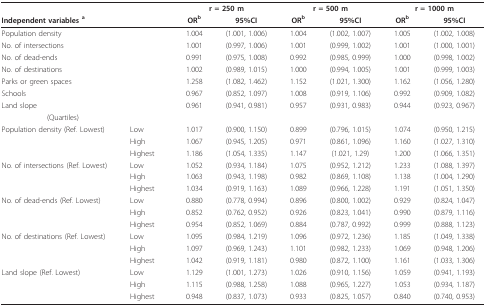
<table><thead><tr><td></td><td></td><td colspan="2"><b>r = 250 m</b></td><td colspan="2"><b>r = 500 m</b></td><td colspan="2"><b>r = 1000 m</b></td></tr><tr><td><b>Independent variables <sup>a</sup></b></td><td></td><td><b>OR<sup>b</sup></b></td><td><b>95%CI</b></td><td><b>OR<sup>b</sup></b></td><td><b>95%CI</b></td><td><b>OR<sup>b</sup></b></td><td><b>95%CI</b></td></tr></thead><tbody><tr><td>Population density</td><td></td><td>1.004</td><td>(1.001, 1.006)</td><td>1.004</td><td>(1.002, 1.007)</td><td>1.005</td><td>(1.002, 1.008)</td></tr><tr><td>No. of intersections</td><td></td><td>1.001</td><td>(0.997, 1.006)</td><td>1.001</td><td>(0.999, 1.002)</td><td>1.001</td><td>(1.000, 1.001)</td></tr><tr><td>No. of dead-ends</td><td></td><td>0.991</td><td>(0.975, 1.008)</td><td>0.992</td><td>(0.985, 0.999)</td><td>1.000</td><td>(0.998, 1.002)</td></tr><tr><td>No. of destinations</td><td></td><td>1.002</td><td>(0.989, 1.015)</td><td>1.000</td><td>(0.994, 1.005)</td><td>1.001</td><td>(0.999, 1.003)</td></tr><tr><td>Parks or green spaces</td><td></td><td>1.258</td><td>(1.082, 1.462)</td><td>1.152</td><td>(1.021, 1.300)</td><td>1.162</td><td>(1.056, 1.280)</td></tr><tr><td>Schools</td><td></td><td>0.967</td><td>(0.852, 1.097)</td><td>1.008</td><td>(0.919, 1.106)</td><td>0.992</td><td>(0.909, 1.082)</td></tr><tr><td>Land slope</td><td></td><td>0.961</td><td>(0.941, 0.981)</td><td>0.957</td><td>(0.931, 0.983)</td><td>0.944</td><td>(0.923, 0.967)</td></tr><tr><td>(Quartiles)</td><td></td><td></td><td></td><td></td><td></td><td></td><td></td></tr><tr><td>Population density (Ref. Lowest)</td><td>Low</td><td>1.017</td><td>(0.900, 1.150)</td><td>0.899</td><td>(0.796, 1.015)</td><td>1.074</td><td>(0.950, 1.215)</td></tr><tr><td></td><td>High</td><td>1.067</td><td>(0.945, 1.205)</td><td>0.971</td><td>(0.861, 1.096)</td><td>1.160</td><td>(1.027, 1.310)</td></tr><tr><td></td><td>Highest</td><td>1.186</td><td>(1.054, 1.335)</td><td>1.147</td><td>(1.021, 1.29)</td><td>1.200</td><td>(1.066, 1.351)</td></tr><tr><td>No. of intersections (Ref. Lowest)</td><td>Low</td><td>1.052</td><td>(0.934, 1.184)</td><td>1.075</td><td>(0.952, 1.212)</td><td>1.233</td><td>(1.088, 1.397)</td></tr><tr><td></td><td>High</td><td>1.063</td><td>(0.943, 1.198)</td><td>0.982</td><td>(0.869, 1.108)</td><td>1.138</td><td>(1.004, 1.290)</td></tr><tr><td></td><td>Highest</td><td>1.034</td><td>(0.919, 1.163)</td><td>1.089</td><td>(0.966, 1.228)</td><td>1.191</td><td>(1.051, 1.350)</td></tr><tr><td>No. of dead-ends (Ref. Lowest)</td><td>Low</td><td>0.880</td><td>(0.778, 0.994)</td><td>0.896</td><td>(0.800, 1.002)</td><td>0.929</td><td>(0.824, 1.047)</td></tr><tr><td></td><td>High</td><td>0.852</td><td>(0.762, 0.952)</td><td>0.926</td><td>(0.823, 1.041)</td><td>0.990</td><td>(0.879, 1.116)</td></tr><tr><td></td><td>Highest</td><td>0.954</td><td>(0.852, 1.069)</td><td>0.884</td><td>(0.787, 0.992)</td><td>0.999</td><td>(0.888, 1.123)</td></tr><tr><td>No. of destinations (Ref. Lowest)</td><td>Low</td><td>1.095</td><td>(0.984, 1.219)</td><td>1.096</td><td>(0.972, 1.236)</td><td>1.185</td><td>(1.049, 1.338)</td></tr><tr><td></td><td>High</td><td>1.097</td><td>(0.969, 1.243)</td><td>1.101</td><td>(0.982, 1.233)</td><td>1.069</td><td>(0.948, 1.206)</td></tr><tr><td></td><td>Highest</td><td>1.042</td><td>(0.919, 1.181)</td><td>0.980</td><td>(0.872, 1.100)</td><td>1.161</td><td>(1.033, 1.306)</td></tr><tr><td>Land slope (Ref. Lowest)</td><td>Low</td><td>1.129</td><td>(1.001, 1.273)</td><td>1.026</td><td>(0.910, 1.156)</td><td>1.059</td><td>(0.941, 1.193)</td></tr><tr><td></td><td>High</td><td>1.115</td><td>(0.988, 1.258)</td><td>1.088</td><td>(0.965, 1.227)</td><td>1.053</td><td>(0.934, 1.187)</td></tr><tr><td></td><td>Highest</td><td>0.948</td><td>(0.837, 1.073)</td><td>0.933</td><td>(0.825, 1.057)</td><td>0.840</td><td>(0.740, 0.953)</td></tr></tbody></table>